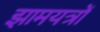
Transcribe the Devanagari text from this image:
झामयत्रों